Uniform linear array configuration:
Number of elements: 12
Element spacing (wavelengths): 0.75
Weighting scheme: binomial
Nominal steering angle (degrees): -45
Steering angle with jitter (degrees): -45.251
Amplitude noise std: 0.05
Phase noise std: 0.05

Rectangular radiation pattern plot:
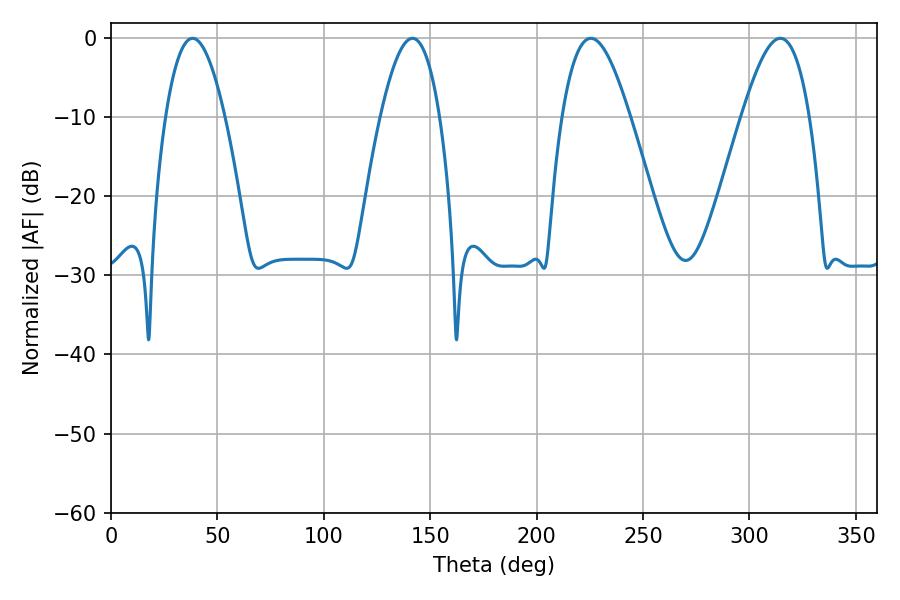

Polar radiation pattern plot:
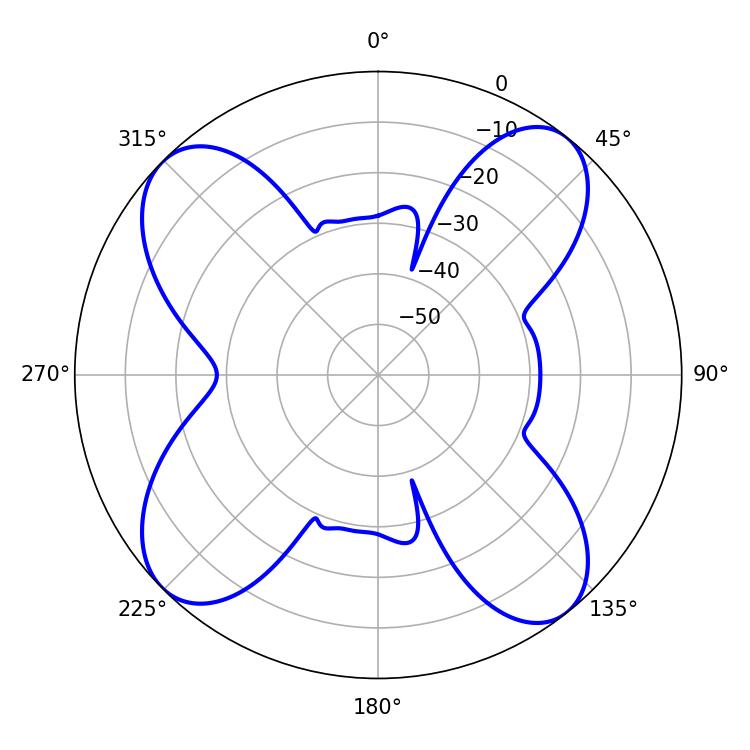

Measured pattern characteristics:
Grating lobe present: TRUE
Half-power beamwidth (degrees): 15.12
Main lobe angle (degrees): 38.34